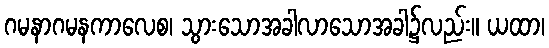
ဂမနာဂမနကာလေစ၊ သွားသောအခါလာသောအခါ၌လည်း။ ယထာ၊